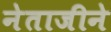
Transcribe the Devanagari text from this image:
नेताजीने